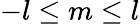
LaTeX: -l\leq m\leq l